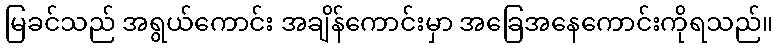
မြခင်သည် အရွယ်ကောင်း အချိန်ကောင်းမှာ အခြေအနေကောင်းကိုရသည်။